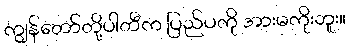
ကျွန်တော်တို့ပါတီက ပြည်ပကို အားမကိုးဘူး။